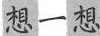
想一想